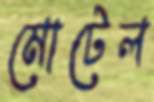
মোটেল